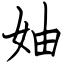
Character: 妯